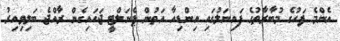
އެންމެ ފަހުގެ މުބާރާތުގެ ފައިނަލުގައި އިންޑިއާ އަތުން ޕެނަލްޓީ ޖަހައިގެން ރާއްޖެ ބަލިވިއިރު